Subject: stat
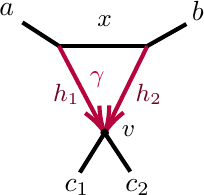
LaTeX code:
\begin{tikzpicture}[x=0.75pt,y=0.75pt,yscale=-0.9,xscale=0.9]

\draw [line width=1.5]    (50.57,24.38) -- (70.06,36.98) ;
\draw [line width=1.5]    (70.06,36.98) -- (117.44,36.98) ;
\draw [color={rgb, 255:red, 182; green, 5; blue, 60 }  ,draw opacity=1 ][line width=1.5]    (70.06,36.98) -- (93.18,80.82) ;
\draw [shift={(94.58,83.47)}, rotate = 242.19] [color={rgb, 255:red, 182; green, 5; blue, 60 }  ,draw opacity=1 ][line width=1.5]    (14.21,-4.28) .. controls (9.04,-1.82) and (4.3,-0.39) .. (0,0) .. controls (4.3,0.39) and (9.04,1.82) .. (14.21,4.28)   ;
\draw [color={rgb, 255:red, 182; green, 5; blue, 60 }  ,draw opacity=1 ][line width=1.5]    (117.44,36.98) -- (95.91,80.78) ;
\draw [shift={(94.58,83.47)}, rotate = 296.18] [color={rgb, 255:red, 182; green, 5; blue, 60 }  ,draw opacity=1 ][line width=1.5]    (14.21,-4.28) .. controls (9.04,-1.82) and (4.3,-0.39) .. (0,0) .. controls (4.3,0.39) and (9.04,1.82) .. (14.21,4.28)   ;
\draw [line width=1.5]    (81.3,104.75) -- (94.58,83.47) ;
\draw [line width=1.5]    (117.44,36.98) -- (138.3,25.25) ;
\draw [line width=1.5]    (108.3,104.25) -- (94.58,83.47) ;
\draw  [fill={rgb, 255:red, 0; green, 0; blue, 0 }  ,fill opacity=1 ] (92.58,83.47) .. controls (92.58,82.37) and (93.48,81.47) .. (94.58,81.47) .. controls (95.69,81.47) and (96.58,82.37) .. (96.58,83.47) .. controls (96.58,84.58) and (95.69,85.47) .. (94.58,85.47) .. controls (93.48,85.47) and (92.58,84.58) .. (92.58,83.47) -- cycle ;

\draw (139.83,11.43) node [anchor=north west][inner sep=0.75pt]  [font=\normalsize]  {$b$};
\draw (36.74,12.69) node [anchor=north west][inner sep=0.75pt]  [font=\normalsize]  {$a$};
\draw (71.74,107.19) node [anchor=north west][inner sep=0.75pt]  [font=\normalsize]  {$c_{1}$};
\draw (104.24,107.19) node [anchor=north west][inner sep=0.75pt]  [font=\normalsize]  {$c_{2}$};
\draw (85.2,49.2) node [anchor=north west][inner sep=0.75pt]  [font=\small,color={rgb, 255:red, 182; green, 5; blue, 60 }  ,opacity=1 ]  {$\gamma $};
\draw (65.6,56) node [anchor=north west][inner sep=0.75pt]  [font=\small,color={rgb, 255:red, 108; green, 4; blue, 35 }  ,opacity=1 ]  {$h_{1}$};
\draw (109.8,56) node [anchor=north west][inner sep=0.75pt]  [font=\small,color={rgb, 255:red, 108; green, 4; blue, 35 }  ,opacity=1 ]  {$h_{2}$};
\draw (89.2,19.2) node [anchor=north west][inner sep=0.75pt]  [font=\small]  {$x$};
\draw (102.33,78.4) node [anchor=north west][inner sep=0.75pt]  [font=\small]  {$v$};

\end{tikzpicture}